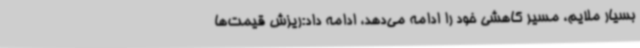
بسیار ملایم، مسیر کاهشی خود را ادامه می‌دهد، ادامه داد:ریزش قیمت‌ها